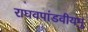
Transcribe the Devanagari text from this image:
राघवपांडवीयमु